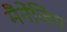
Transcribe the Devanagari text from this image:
मैँनेंजिग